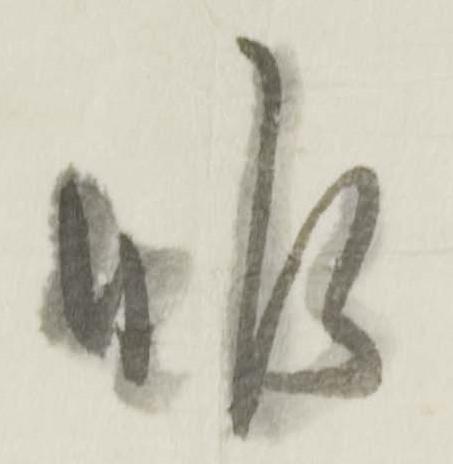
昨